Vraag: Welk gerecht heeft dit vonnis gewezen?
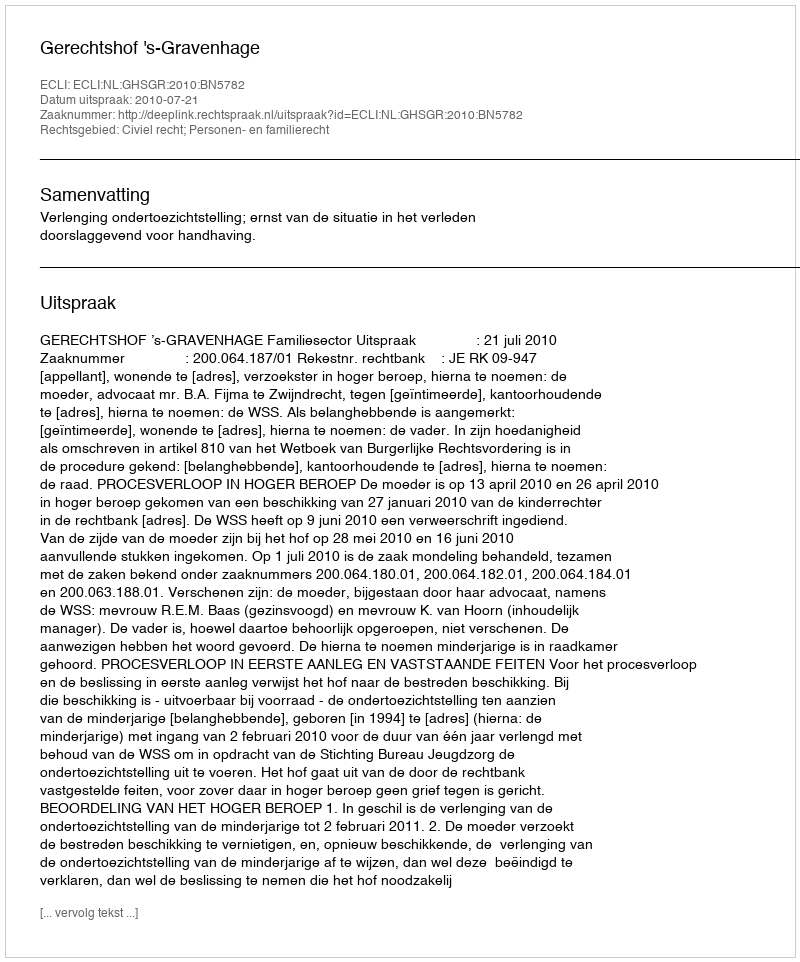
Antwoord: Gerechtshof 's-Gravenhage